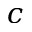
c